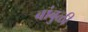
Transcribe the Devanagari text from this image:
बांबुळी